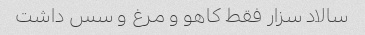
سالاد سزار فقط کاهو و مرغ و سس داشت